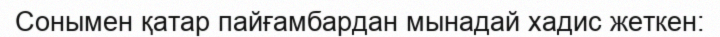
Сонымен қатар пайғамбардан мынадай хадис жеткен: